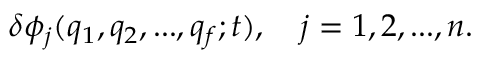
\delta \phi _ { j } ( q _ { 1 } , q _ { 2 } , . . . , q _ { f } ; t ) , \quad j = 1 , 2 , . . . , n .